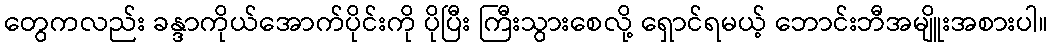
တွေကလည်း ခန္ဒာကိုယ်အောက်ပိုင်းကို ပိုပြီး ကြီးသွားစေလို့ ရှောင်ရမယ့် ဘောင်းဘီအမျိူးအစားပါ။